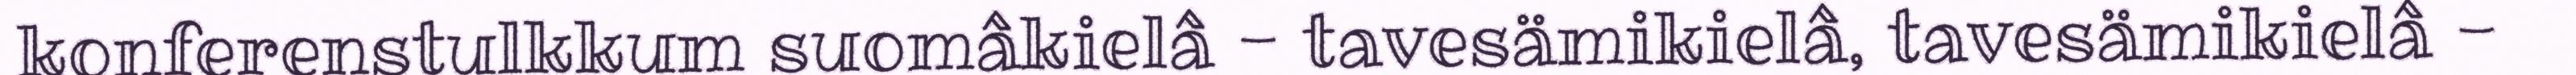
konferenstulkkum suomâkielâ - tavesämikielâ, tavesämikielâ -